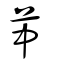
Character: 𦬕